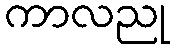
ကာလညု